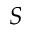
S